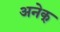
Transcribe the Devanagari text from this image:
अनेक्